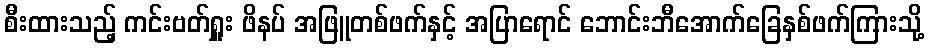
စီးထားသည့် ကင်းဗတ်ရှူး ဖိနပ် အဖြူတစ်ဖက်နှင့် အပြာရောင် ဘောင်းဘီအောက်ခြေနှစ်ဖက်ကြားသို့